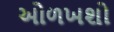
ઓળખશો